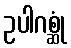
ဥပါဂစ္ဆုံ